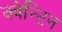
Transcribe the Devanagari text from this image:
क्वेन्टिन